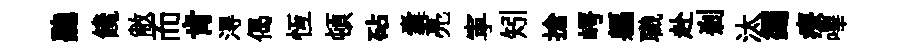
聽饞敝而肯淂偈恆頓砧囊亮寕矧搶崿軀職赴剎汰蠲療嗶